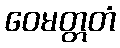
ဝေမတ္တတံ